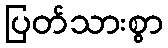
ပြတ်သားစွာ